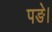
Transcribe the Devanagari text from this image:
पङे।